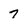
Character: 7